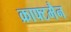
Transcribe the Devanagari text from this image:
क्राफ्टमैन